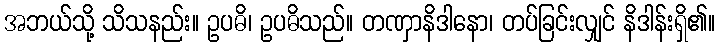
အဘယ်သို့ သိသနည်း။ ဥပဓိ၊ ဥပဓိသည်။ တဏှာနိဒါနော၊ တပ်ခြင်းလျှင် နိဒါန်းရှိ၏။